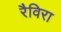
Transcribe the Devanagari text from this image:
रैविरा